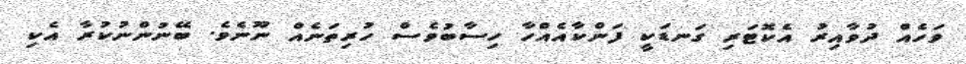
ވަހެއް ދުވާއިރު އެކޮޓަރި ގަނޑަކީ ފަންކާއެއްހާ ހިސާބުވެސް ހުރިތަނެއް ނޫނެވެ. ބޭނުންނުކުރާ އެކި